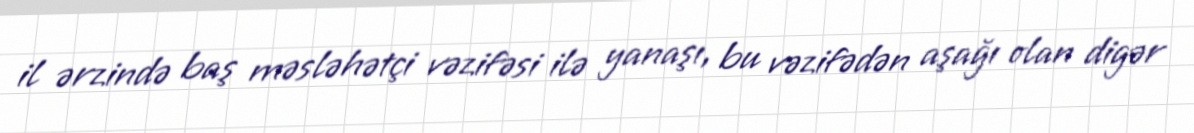
il ərzində baş məsləhətçi vəzifəsi ilə yanaşı, bu vəzifədən aşağı olan digər